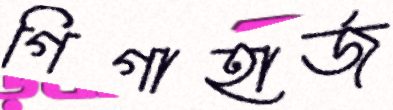
গিগাহার্জ